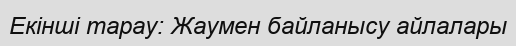
Екінші тарау: Жаумен байланысу айлалары